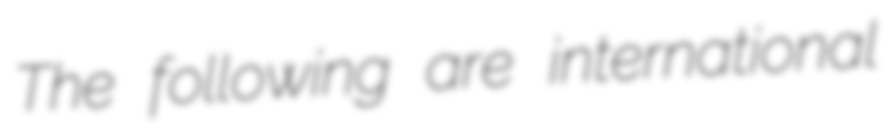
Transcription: The following are international